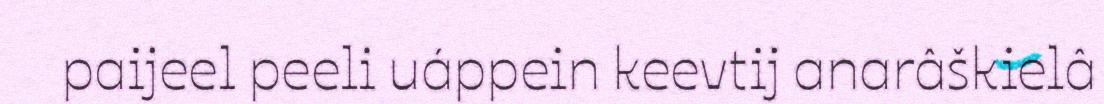
paijeel peeli uáppein keevtij anarâškielâ